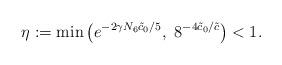
LaTeX: \begin{align*} \eta:=\min\left( e^{-2\gamma N_6 \tilde{c}_0 /5},\ 8^{-4\tilde{c}_0/ \tilde{c}} \right)<1. \end{align*}